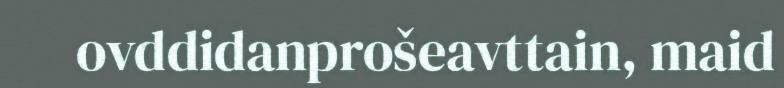
ovddidanprošeavttain, maid